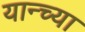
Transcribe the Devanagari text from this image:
यान्च्या